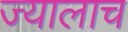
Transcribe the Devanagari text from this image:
ज्यालाच